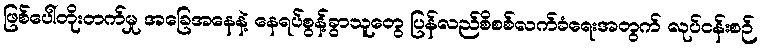
ဖြစ်ပေါ်တိုးတက်မှု အခြေအနေနဲ့ နေရပ်စွန့်ခွာသူတွေ ပြန်လည်စိစစ်လက်ခံရေးအတွက် လုပ်ငန်းစဉ်